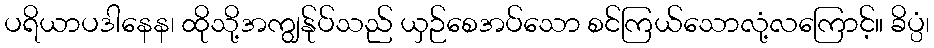
ပရိယာပဒါနေန၊ ထိုသို့အကျွန်ုပ်သည် ယှဉ်စေအပ်သော စင်ကြယ်သောလုံ့လကြောင့်။ ခိပ္ပံ၊